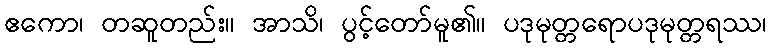
ဧကော၊ တဆူတည်း။ အာသိ၊ ပွင့်တော်မူ၏။ ပဒုမုတ္တရောပဒုမုတ္တရဿ၊